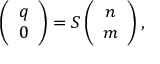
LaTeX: \left( \begin{array} { c } { { q } } \\ { { 0 } } \end{array} \right) = S \left( \begin{array} { c } { { n } } \\ { { m } } \end{array} \right) ,